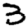
Digit: 3